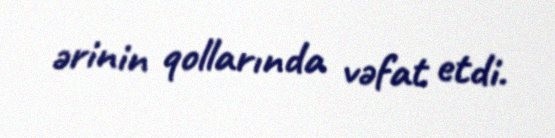
ərinin qollarında vəfat etdi.